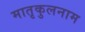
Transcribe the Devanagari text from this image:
मातृकुलनाम